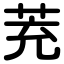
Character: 茺